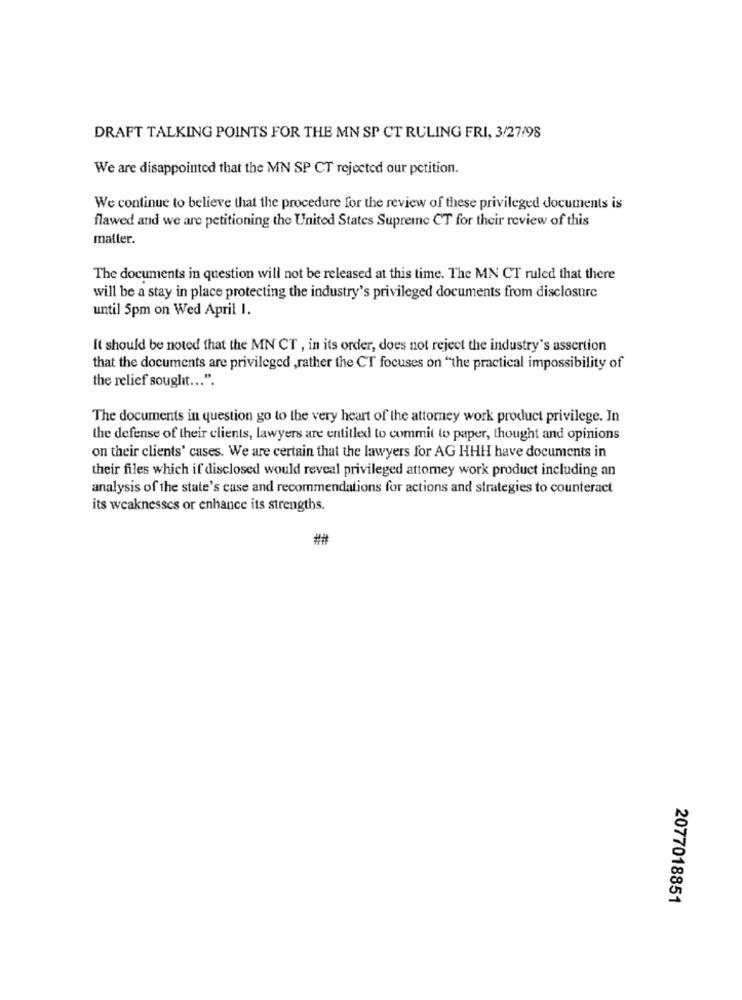
DRAFT TALKING POINTS FOR THE MN SP CT RULING FRI, 3/27/98
We are disappointed that the MN SP CT rejected our petition.
We continue to believe that the procedure for the review of these privileged documents is
flawed and we are petitioning the United States Supreme CT for their review of this
matter.
The documents in question will not be released at this time. The MN CT ruled that there
will be a stay in place protecting the industry's privileged documents from disclosure
until 5pm on Wed April I.
It should be noted that the MN CT , in its order, does not reject the industry's assertion
that the documents are privileged , rather the CT focuses on "the practical impossibility of
the relief sought ... ".
The documents in question go to the very heart of the attorney work product privilege. In
the defense of their clients, lawyers are entitled to commit to paper, thought and opinions
on their clients' cases. We are certain that the lawyers for AG HHH have documents in
their files which if disclosed would reveal privileged attorney work product including an
analysis of the state's case and recommendations for actions and strategies to counteract
its weaknesses or enhance its strengths.
2077018851